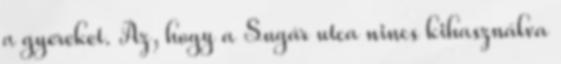
a gyereket. Az, hogy a Sugár utca nincs kihasználva